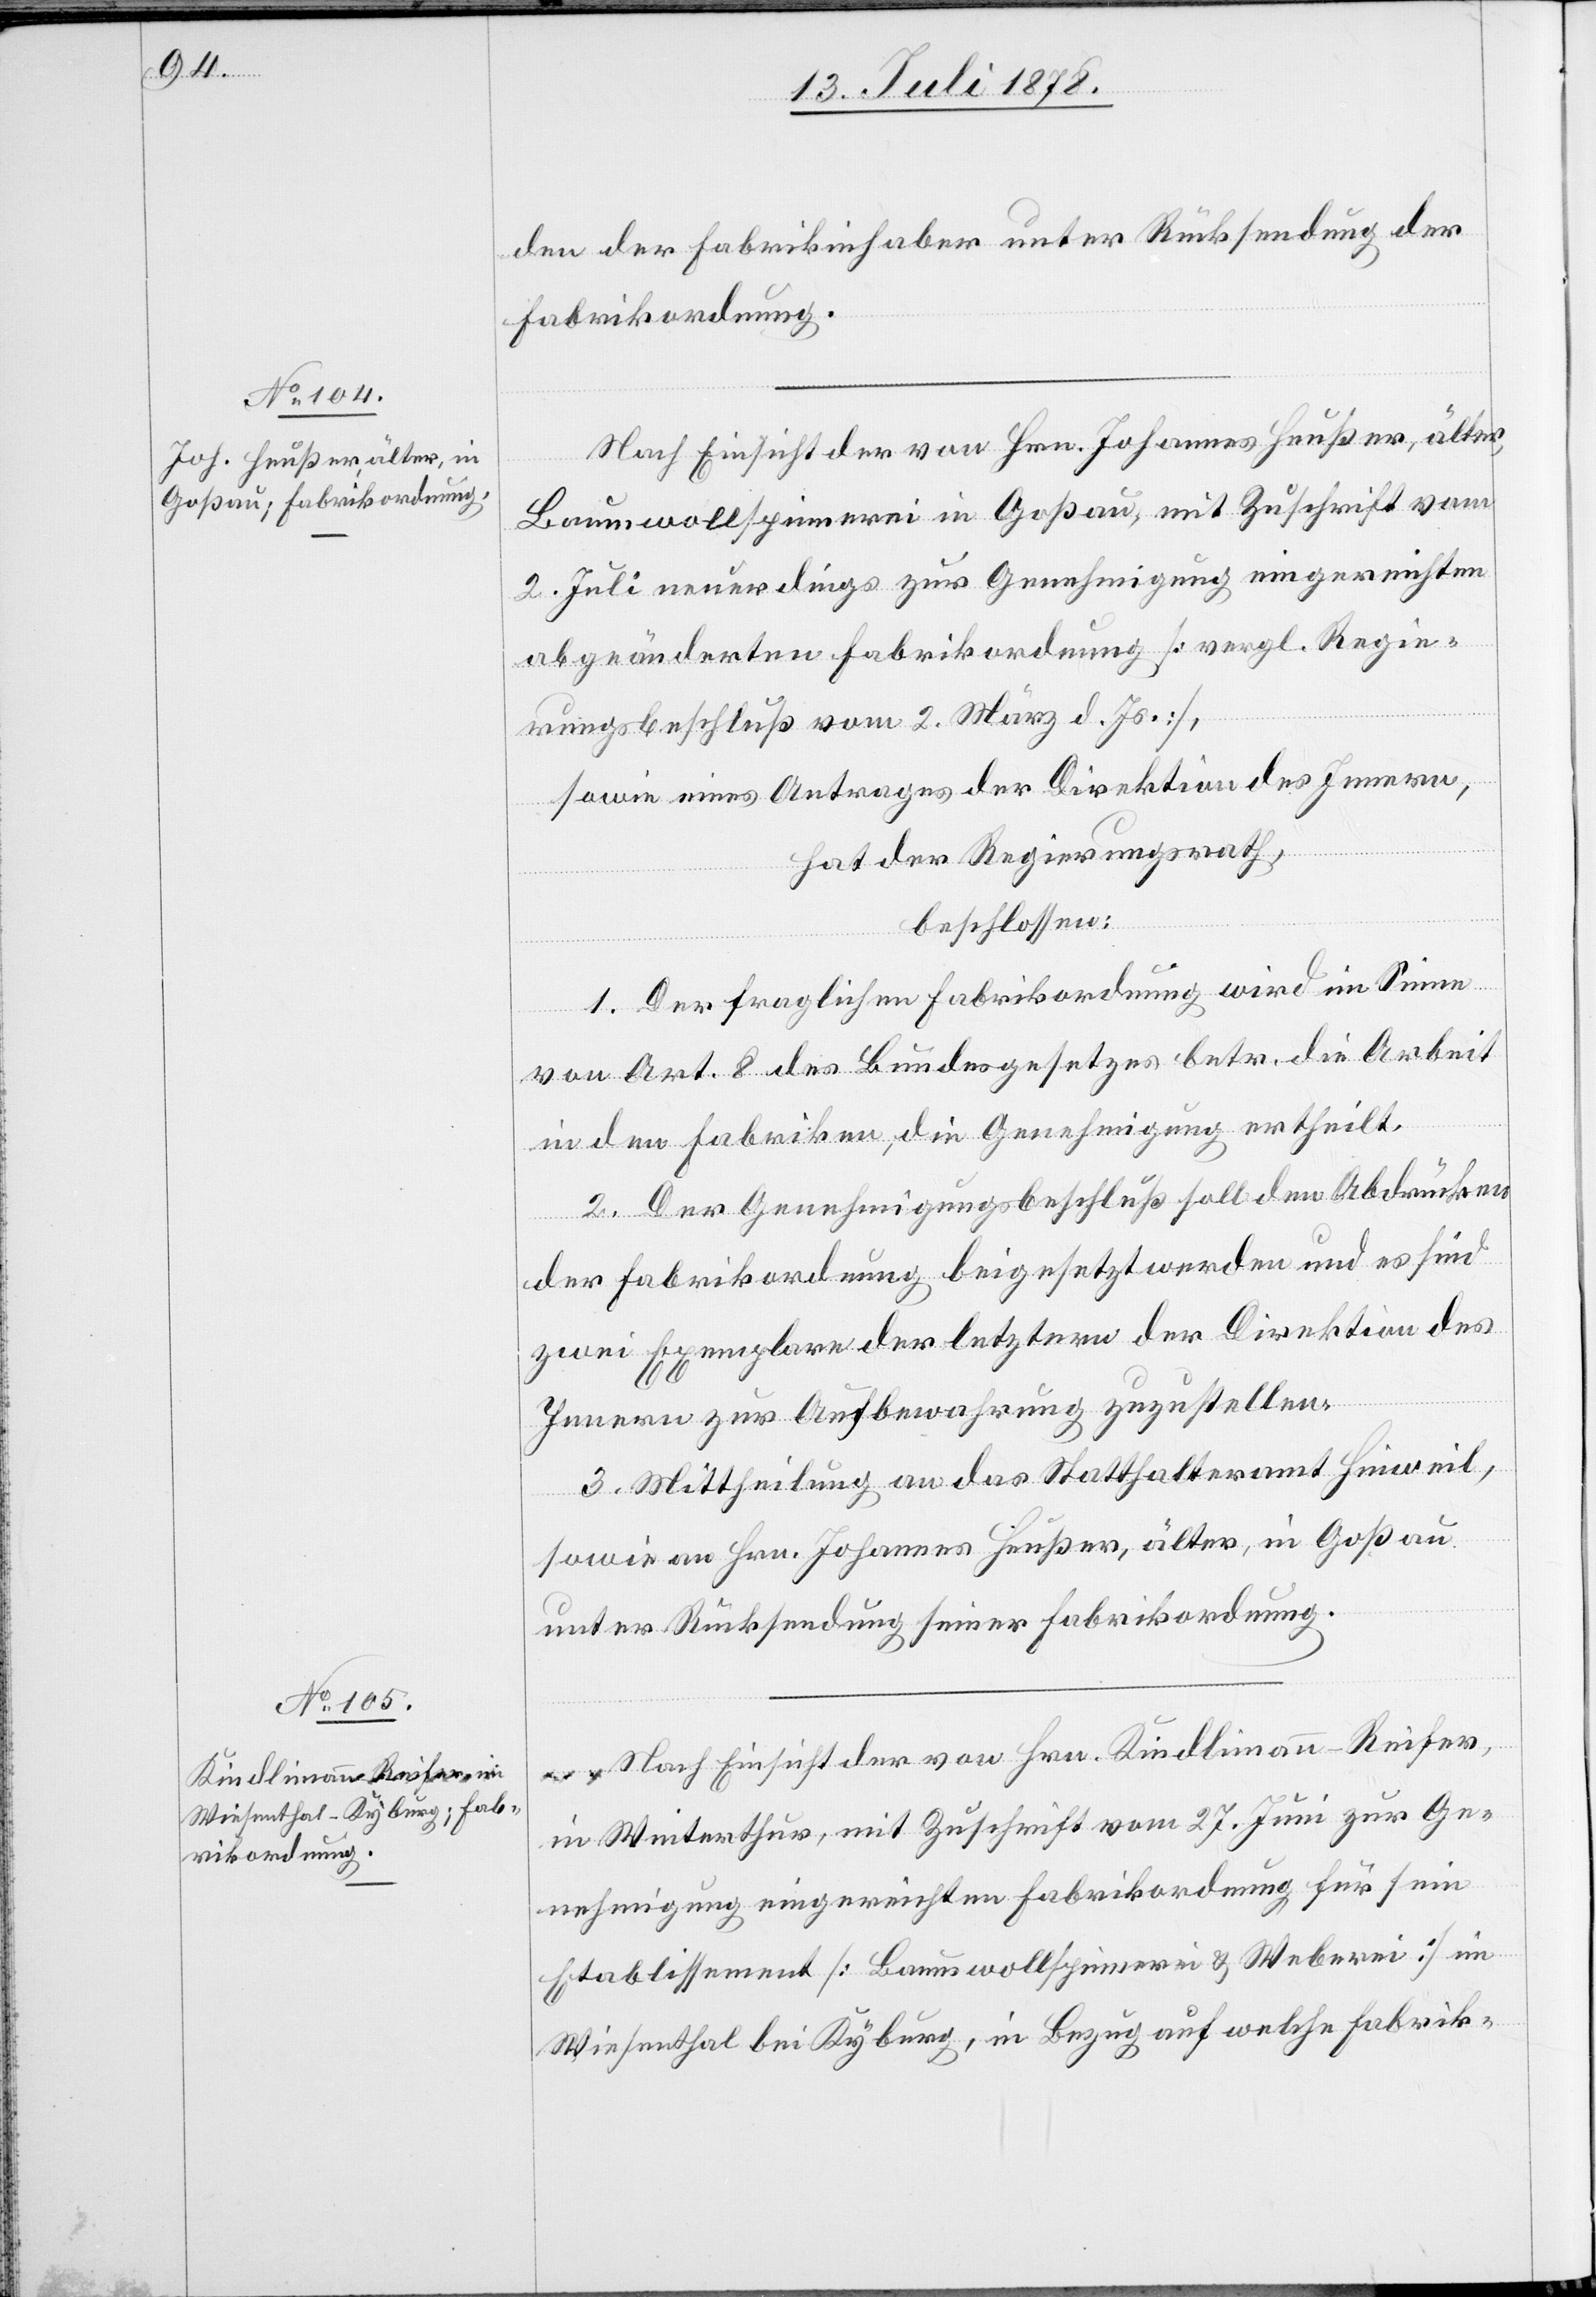
den der Fabrikinhaber unter Rücksendung der
Fabrikordnung
Nach Einsicht der von Hrn. Johannes Heußer, älter,
Baumwollspinnerei in Goßau, mit Zuschrift vom
2. Juli neuerdings zur Genehmigung eingereichten
abgeänderten Fabrikordnung [vergl. Regie¬
rungsbeschluß vom 2. März d. Js.],
sowie eines Antrages der Direktion des Innern,
hat der Regierungsrath,
beschlossen:
1. Der fraglichen Fabrikordnung wird im Sinne
von Art. 8 des Bundesgesetzes betr. die Arbeit
in den Fabriken die Genehmigung ertheilt.
2. Der Genehmigungsbeschluß soll den Abdrücken
sein
der Fabrikordnung beigesetzt werden und es sind
zwei Exemplare der letztern der Direktion des
Innern zur Aufbewahrung zuzustellen.
3. Mittheilung an das Statthalteramt Hinweil,
sowie an Hrn. Johannes Heußer, älter, in Goßau
unter Rücksendung seiner Fabrikordnung.
Nach Einsicht der von Hrn. Kindlimann-Reifer,
in Winterthur, mit Zuschrift vom 27. Juni zur Ge¬
Etablissement [Baumwollspinnerei & Weberei] in
Wiesenthal bei Kyburg, in Bezug auf welche Fabrik-